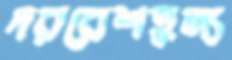
দরবেশতুল্য